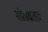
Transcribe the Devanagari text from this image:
संभवताः